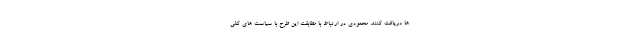
ها دریافت کنند. محمودی در ارتباط با مطابقت این طرح با سیاست های کلی